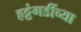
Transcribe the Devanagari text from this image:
हट्टंगडींच्या